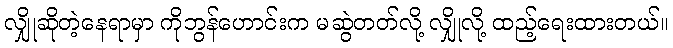
လျှိုဆိုတဲ့နေရာမှာ ကိုဘွန်ဟောင်းက မဆွဲတတ်လို့ လျှိုလို့ ထည့်ရေးထားတယ်။